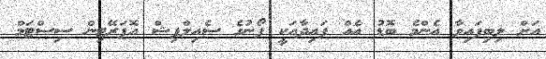
އަށް ލިބިފައިވާ އެންމެ ބޮޑު އެއް ފައިދާއަކީ ފޯނުގެ ސެއިލްފިޝް އޮޕަރޭޓިން ސިސްޓަމް